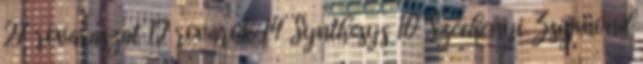
27 rovarászat 12 rovarok 14 Synthesys 10 Széchenyi Zsigmond